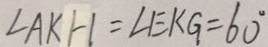
\angle A K H = \angle E K G = 6 0 ^ { \circ }